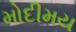
મોદીમય